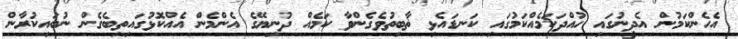
އެހެންކަމުން އެދީނުގައި ހުއްދަކަމެއްކަމުގައި ކަނޑައެޅި ޡާބިތުވެގެންވާ ކަމެއް ދުނިޔޭގެ އެންމެން އެއްކޮޅުގައިތިބެގެން ނުބައިކުރާން